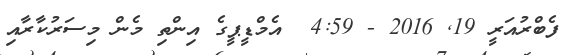
ފެބްރުއަރީ 19